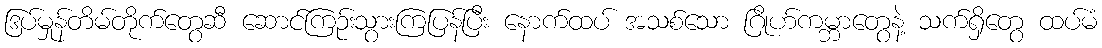
ဒြပ်မှုန်တိမ်တိုက်တွေဆီ ဆောင်ကြဉ်းသွားကြပြန်ပြီး နောက်ထပ် အသစ်သော ဂြိုဟ်ကမ္ဘာတွေနဲ့ သက်ရှိတွေ ထပ်မံ